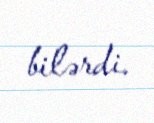
bilərdi.